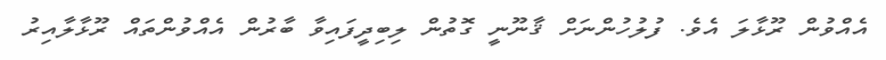
އެއްވުން ރޫޅާލަ އެވެ. ފުލުހުންނަށް ޤާނޫނީ ގޮތުން ލިބިދީފައިވާ ބާރުން އެއްވުންތައް ރޫޅާލާއިރު